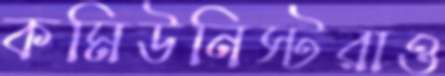
কমিউনিস্টরাও